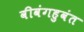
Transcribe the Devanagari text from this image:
वीवंगहुवंत